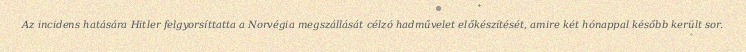
Az incidens hatására Hitler felgyorsíttatta a Norvégia megszállását célzó hadművelet előkészítését, amire két hónappal később került sor.